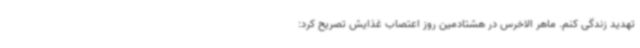
تهدید زندگی کنم. ماهر الاخرس در هشتادمین روز اعتصاب غذایش تصریح کرد: